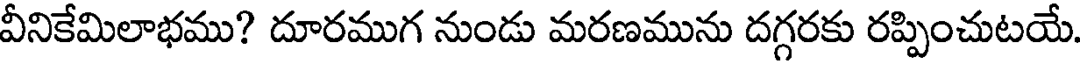
వీనికేమిలాభము? దూరముగ నుండు మరణమును దగ్గరకు రప్పించుటయే